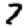
Digit: 7